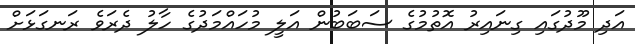
އަދި މޫދުގައި ގިނައިރު އޮތުމުގެ ސަބަބުން އަލީ މުހައްމަދުގެ ހާލު ދެރަވެ ރަނގަޅަށް